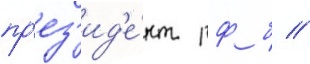
пр'ез'ид'е́нт рф б //